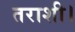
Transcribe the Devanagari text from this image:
तराशी।